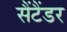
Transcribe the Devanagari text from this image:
सैंटैंडर